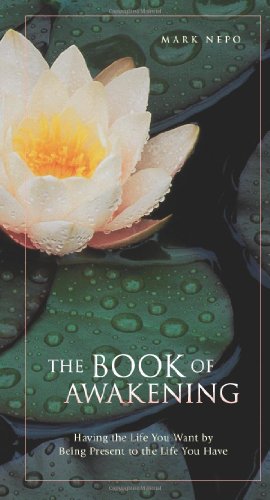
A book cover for The Book of Awakening: Having the Life You Want by Being Present to the Life You Have; Mark Nepo; Self-Help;